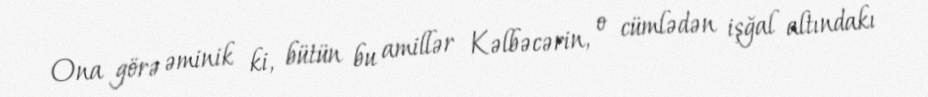
Ona görə əminik ki, bütün bu amillər Kəlbəcərin, o cümlədən işğal altındakı